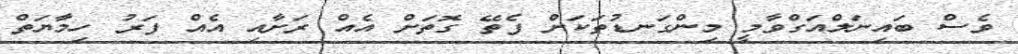
ވެސް ބައިނަލްއަގްވާމީ މިންގަނޑުތަކަށް ފެތޭ ގޮތަށް އެއް ރަށާއި އެއް ފަރު ހިމާޔަތް